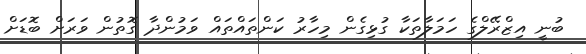
ބުނީ އިޒްރޭލްގެ ހަމަލާތަކާ ގުޅިގެން މިހާރު ކަންތައްތައް ވަމުންދާ ގޮތުން ވަރަށް ބޮޑަށް